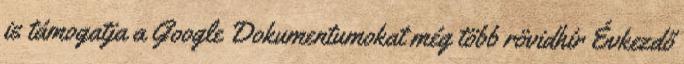
is támogatja a Google Dokumentumokat még több rövidhír Évkezdő